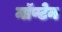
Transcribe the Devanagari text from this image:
मॉण्टेन